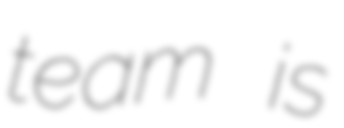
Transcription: team is